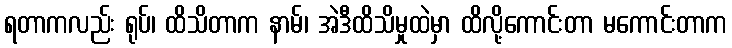
ရတာကလည်း ရုပ်၊ ထိသိတာက နာမ်၊ အဲဒီထိသိမှုထဲမှာ ထိလို့ကောင်းတာ မကောင်းတာက